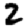
Digit: 2